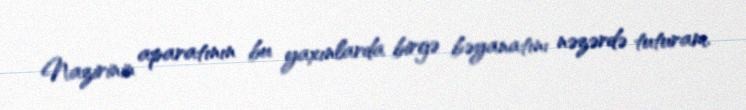
Nazirinin aparatının bu yaxınlarda birgə bəyanatını nəzərdə tuturam.